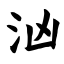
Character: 汹